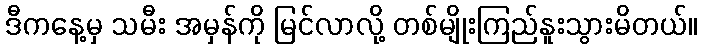
ဒီကနေ့မှ သမီး အမှန်ကို မြင်လာလို့ တစ်မျိုးကြည်နူးသွားမိတယ်။